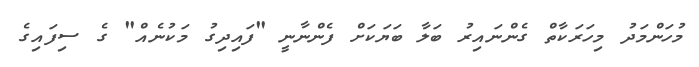
މުހަންމަދު މިހަރަކާތް ގެންނައިރު ބަލާ ބަޔަކަށް ފެންނާނީ "ފައިދިގު މަކުނެއް" ގެ ސިފައިގެ